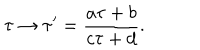
LaTeX: \tau \to \tau ^ { \prime } = \frac { a \tau + b } { c \tau + d } .